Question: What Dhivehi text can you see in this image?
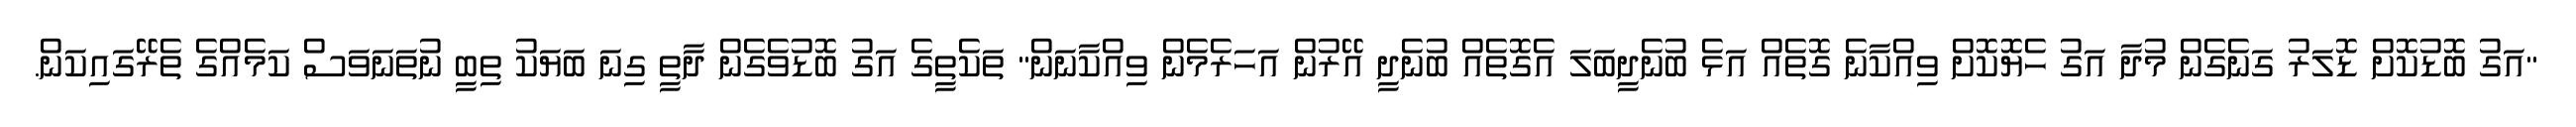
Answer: "އަގު ބޮޑުކޮށް ޑޮލަރު ގަނެގެން މުދާ އަގު ހެޔޮކޮށް ވިއްކާނެ ގޮތެއް އަޅެ ބުނެދީބަލަ އެގޮތެއް ބުނެދީ އޭރުން އަހަރެމެން ވިއްކާނަން" ތަކެތީގެ އަގު ބޮޑުވެގެން ދާތީ ގިނަ ބަޔަކު ތިބީ ނުތަނަވަސް ކަމެއްގެ ތެރޭގައިކަން.